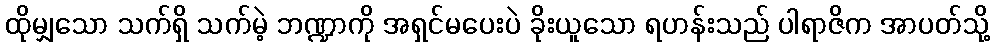
ထိုမျှသော သက်ရှိ သက်မဲ့ ဘဏ္ဍာကို အရှင်မပေးပဲ ခိုးယူသော ရဟန်းသည် ပါရာဇိက အာပတ်သို့